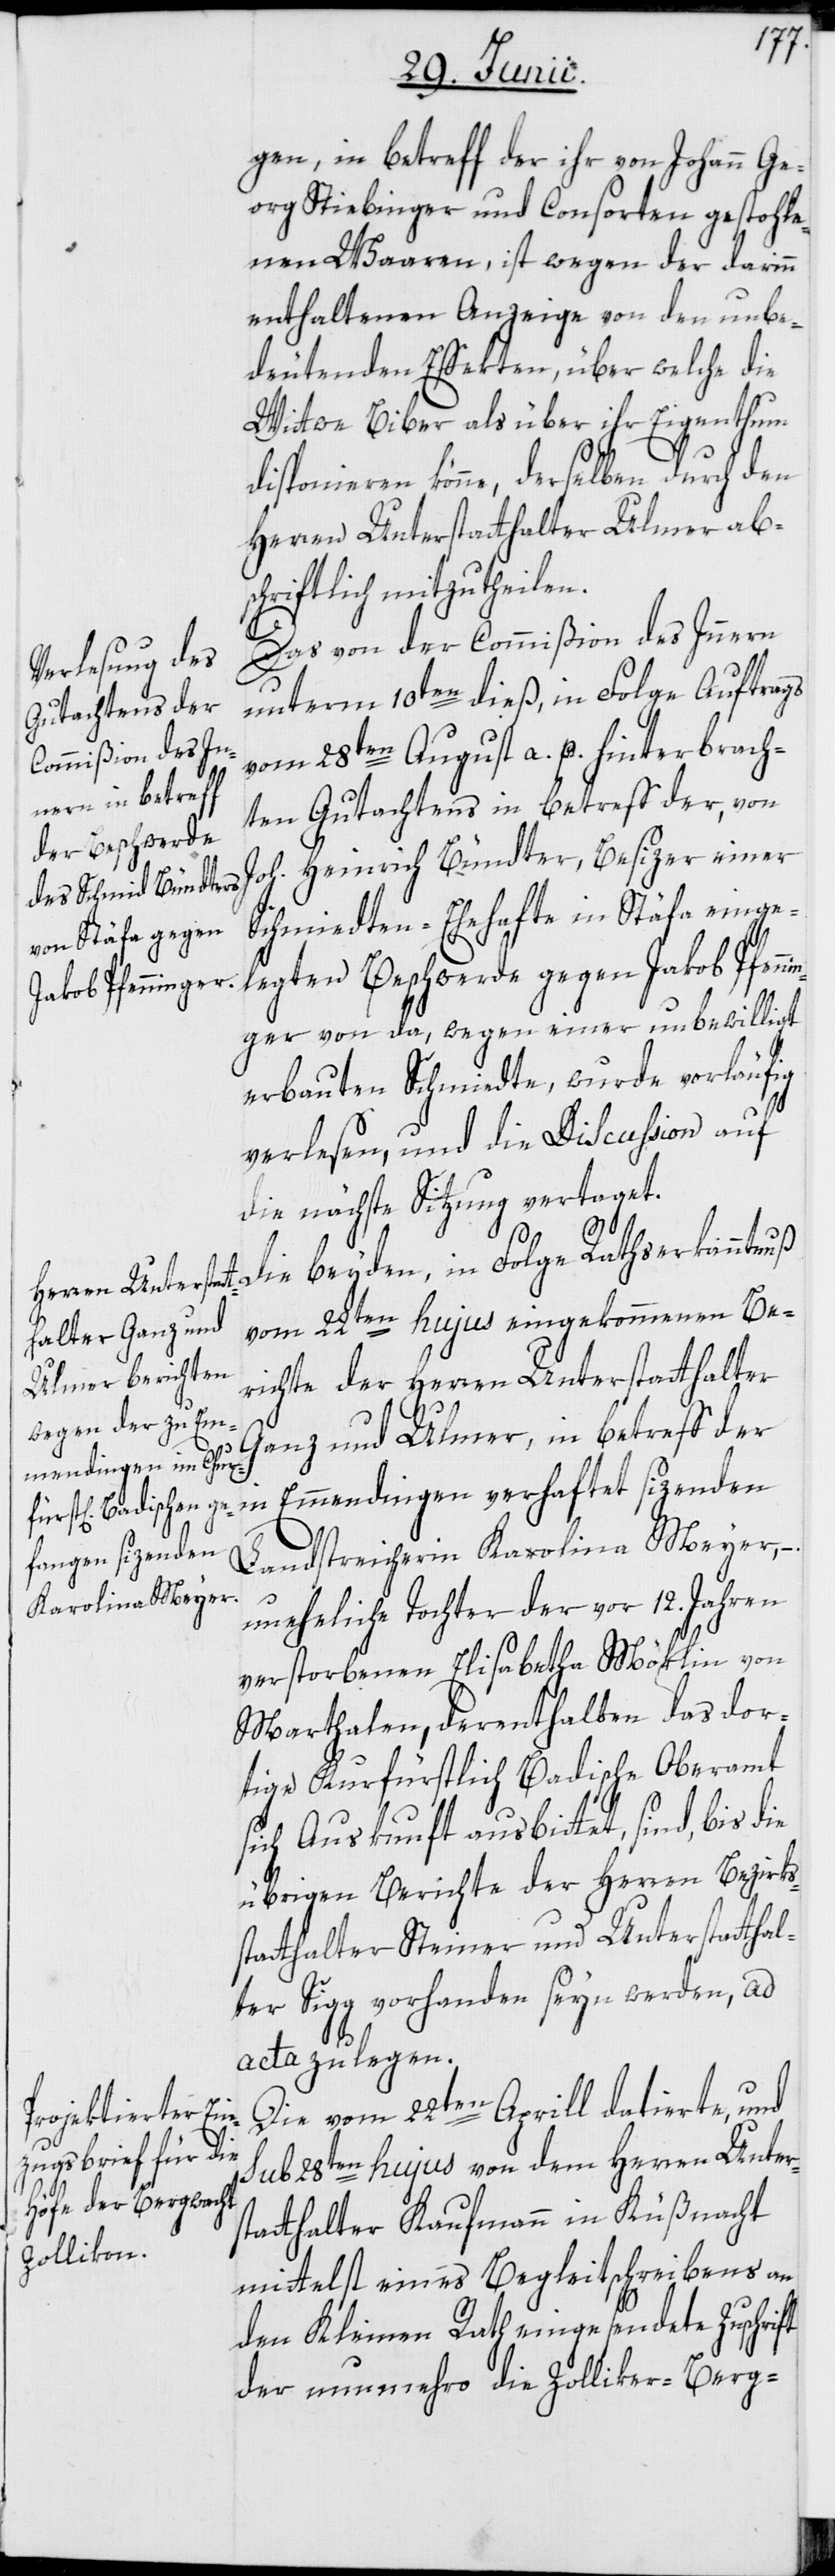
gen, in betreff der ihr von Johann Ge¬
org Stiebinger und Consorten gestohle¬
nen Waaren, ist wegen der darinn
enthaltenen Anzeige von den unbe¬
deutenden Effekten, über welche die
Wittwe Biber als über ihr Eigenthum
disponieren könne, derselben durch den
Herren Unterstatthalter Ulmer abs¬
chriftlich mitzutheilen.
Das von der Commißion des Innern
unterm 10ten dieß, in Folge Auftrags
vom 28ten August a. p. hinterbrach¬
ten Gutachtens in betreff der, von
Joh. Heinrich Bündter, Besizer einer
Schmiedten-Ehehafte in Stäfa einge¬
legten Beschwerde gegen Jakob Pfen¬
ger von da, wegen einer unbewilligt
erbauten Schmiedte, wurde vorläufig
verlesen, und die Discussion auf
die nächste Sitzung vertaget.
Die beyden, in Folge Rathserkanntnuß
vom 22ten hujus eingekommenen Be¬
richte der Herren Unterstatthalter
Ganz und Ulmer, in betreff der
Emmendingen verhaftet sizenden
nin¬
Landstreicherin Karolina Meyer, –
uneheliche Tochter der vor 12. Jahren
verstorbenen Elisabetha Möklin von
Marthalen, derenthalben das dor¬
tige Kurfürstlich Badische Oberamt
sich Auskunft ausbittet, sind, bis die
übrigen Berichte der Herren Bezirks¬
statthalter Steiner und Unterstatthal¬
ter Sigg vorhanden seyn werden, ad
acta zu legen.
Die vom 22ten Aprill datierte, und
sub 28ten hujus von dem Herren Unter¬
statthalter Kaufmann in Küßnacht
mittelst eines Begleitschreibens an
den Kleinen Rath eingesendete Zuschrift
der nunmehro die Zolliker-Berg-